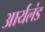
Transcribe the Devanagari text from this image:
आर्यलंड